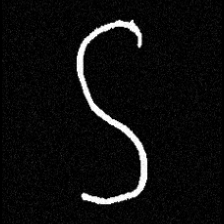
Pyu character \u2014 Myanmar letter: ဌ (romanized: ttha)